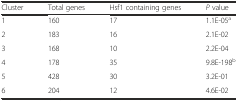
<table><thead><tr><td><b>Cluster</b></td><td><b>Total genes</b></td><td><b>Hsf1 containing genes</b></td><td><b><i>P</i> value</b></td></tr></thead><tbody><tr><td>1</td><td>160</td><td>17</td><td>1.1E-05<sup>a</sup></td></tr><tr><td>2</td><td>183</td><td>16</td><td>2.1E-02</td></tr><tr><td>3</td><td>168</td><td>10</td><td>2.2E-04</td></tr><tr><td>4</td><td>178</td><td>35</td><td>9.8E-198<sup>b</sup></td></tr><tr><td>5</td><td>428</td><td>30</td><td>3.2E-01</td></tr><tr><td>6</td><td>204</td><td>12</td><td>4.6E-02</td></tr></tbody></table>